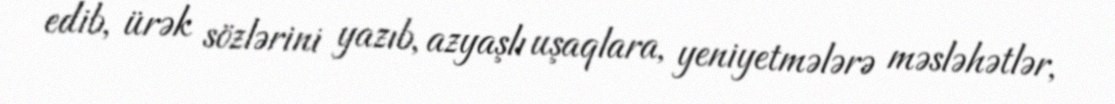
edib, ürək sözlərini yazıb, azyaşlı uşaqlara, yeniyetmələrə məsləhətlər,